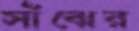
সাঁঝের